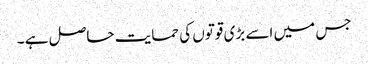
جس میں اسے بڑی قوتوں کی حمایت حاصل ہے ۔